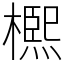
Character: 𣜠